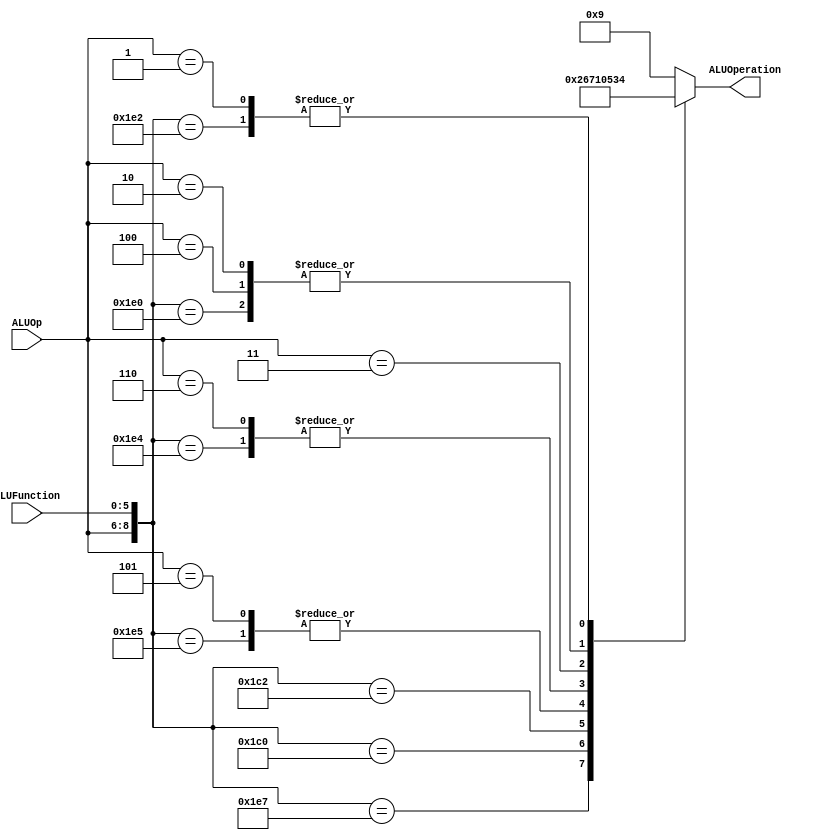
module ALUControl
(
	input [2:0] ALUOp,
	input [5:0] ALUFunction,
	output [3:0] ALUOperation

);

localparam R_Type_AND		= 9'b111_100100;
localparam R_Type_OR			= 9'b111_100101;
localparam R_Type_NOR		= 9'b111_100111;
localparam R_Type_ADD		= 9'b111_100000;
localparam R_Type_SUB		= 9'b111_100010;
localparam R_Type_SLL		= 9'b111_000000;
localparam R_Type_SRL		= 9'b111_000010;
localparam I_Type_ADDI		= 9'b100_xxxxxx;
localparam I_Type_ORI		= 9'b101_xxxxxx;
localparam I_Type_ANDI		= 9'b110_xxxxxx;
localparam I_Type_LUI		= 9'b011_xxxxxx;
localparam I_Type_LW_SW		= 9'b010_xxxxxx;
localparam I_Type_BEQ_BNE  = 9'b001_xxxxxx;


reg [3:0] ALUControlValues;
wire [8:0] Selector;

assign Selector = {ALUOp, ALUFunction};

always@(Selector)begin
	casex(Selector)
		R_Type_AND:    	ALUControlValues = 4'b0000;
		R_Type_OR: 			ALUControlValues = 4'b0001;
		R_Type_NOR: 		ALUControlValues = 4'b0010;
		R_Type_ADD: 		ALUControlValues = 4'b0011;
		R_Type_SUB: 		ALUControlValues = 4'b0100;
		R_Type_SLL:			ALUControlValues = 4'b0110;
		R_Type_SRL:			ALUControlValues = 4'b0111;
		I_Type_ADDI: 		ALUControlValues = 4'b0011;
		I_Type_ORI: 		ALUControlValues = 4'b0001;
		I_Type_ANDI: 		ALUControlValues = 4'b0000;
		I_Type_LUI: 		ALUControlValues = 4'b0101;
		I_Type_LW_SW:  	ALUControlValues = 4'b0011;
		I_Type_BEQ_BNE:	ALUControlValues = 4'b0100;
		
		default: ALUControlValues = 4'b1001;
	endcase
end


assign ALUOperation = ALUControlValues;

endmodule
//alucontrol//